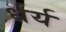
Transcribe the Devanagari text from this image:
र्धर्य